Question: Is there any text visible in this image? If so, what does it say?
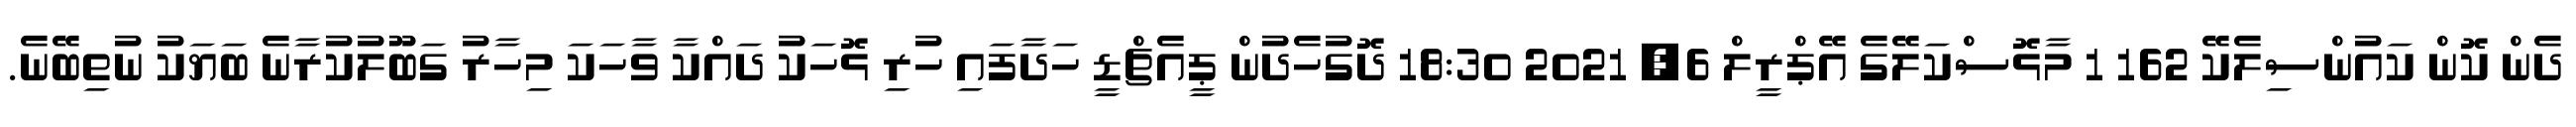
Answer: ދެން ކޮން ކައުންސިލެކޭ 162 1 މާޅޮސްކަލޭގެ އޭޕްރީލް 6, 2021 18:30 ދޮގުހެދުން ޕީއެޗްޑީ ހަދާފައި ހުރި ޅޮހަކު ދައްކާ ވާހަކަ މިހާރު ގަބޫލުކުރާނެ ބަޔަކު ނުތިބޭނެ.